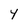
Character: y